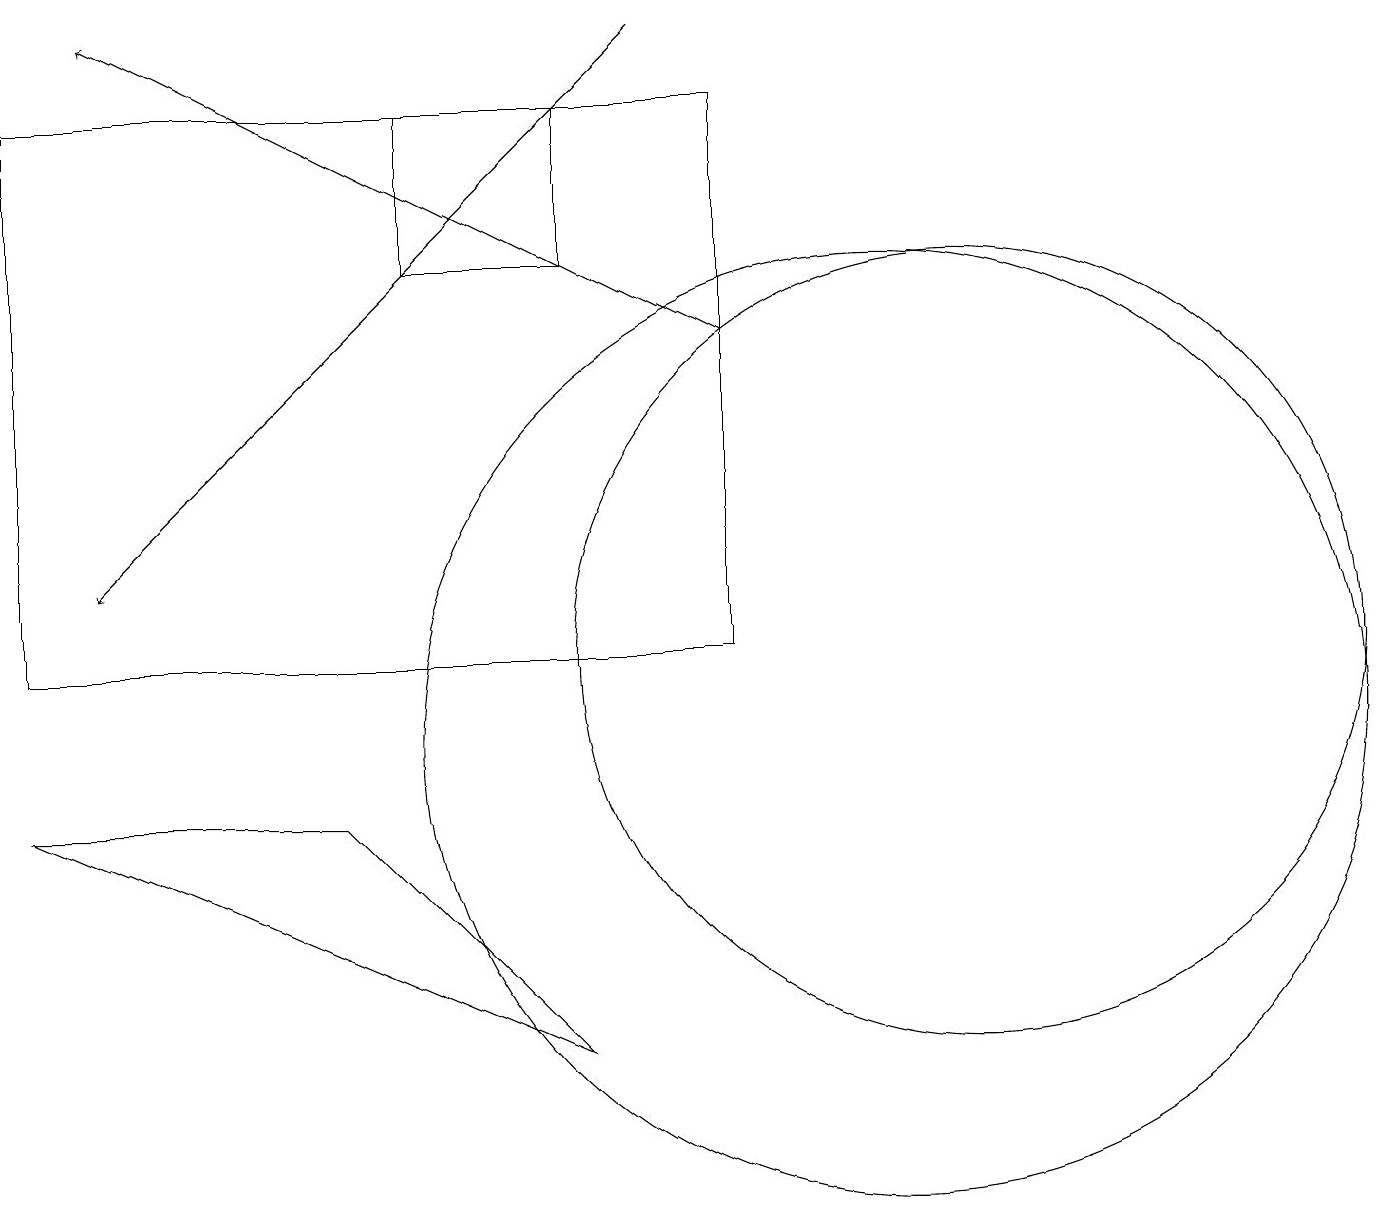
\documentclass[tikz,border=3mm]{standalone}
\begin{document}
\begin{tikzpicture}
\draw (0,11) rectangle (9,18);
\draw (7,16) rectangle (5,18);
\draw (11,10) circle (6);
\draw[->] (8,19) -- (1,12);
\draw[->] (9,15) -- (1,19);
\draw (7,6) -- (0,9) -- (4,9) -- cycle;
\draw (12,11) circle (5);
\draw (11,11) circle (0);
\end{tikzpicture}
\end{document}